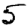
Digit: 5